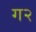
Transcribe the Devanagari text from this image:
ग२